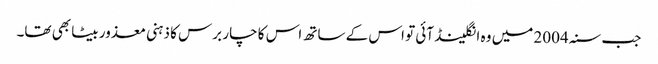
جب سنہ 2004 میں وہ انگلینڈ آئی تو اس کے ساتھ اس کا چار برس کا ذہنی معذور بیٹا بھی تھا۔